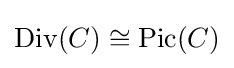
\operatorname {Div} (C)\cong \operatorname {Pic} (C)